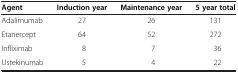
| Agent | Induction year | Maintenance year | 5 year total |
 | --- | --- | --- | --- |
 | Adalimumab | 27 | 26 | 131 |
 | Etanercept | 64 | 52 | 272 |
 | Infliximab | 8 | 7 | 36 |
 | Ustekinumab | 5 | 4 | 22 |